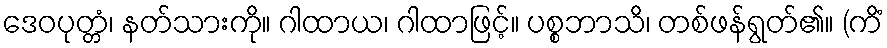
ဒေဝပုတ္တံ၊ နတ်သားကို။ ဂါထာယ၊ ဂါထာဖြင့်။ ပစ္စဘာသိ၊ တစ်ဖန်ရွတ်၏။ (ကိံ